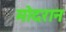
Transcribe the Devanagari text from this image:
मोदरान